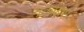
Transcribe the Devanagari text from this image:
नकायस